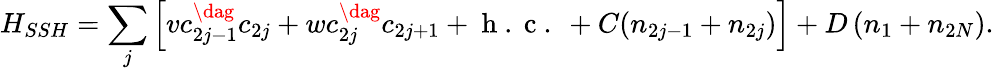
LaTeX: H_{SSH}=\sum_{j}\left[vc_{2j-1}^{\dag}c_{2j}+wc_{2j}^{\dag}c_{2j+1}+\mathrm{~h~.~c~.~}+C(n_{2j-1}+n_{2j})\right]+D\left(n_{1}+n_{2N}\right).